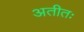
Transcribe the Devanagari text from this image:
अतीतः